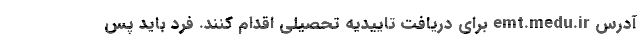
آدرس emt.medu.ir برای دریافت تاییدیه تحصیلی اقدام کنند. فرد باید پس